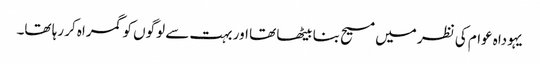
‏ یہوداہ عوام کی نظر میں مسیح بنا بیٹھا تھا اور بہت سے لوگوں کو گمراہ کر رہا تھا۔